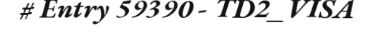
# Entry 59390 - TD2_VISA